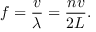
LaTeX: f = { \frac { v } { \lambda } } = { \frac { n v } { 2 L } } .